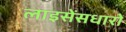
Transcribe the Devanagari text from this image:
लाइसेंसधारों